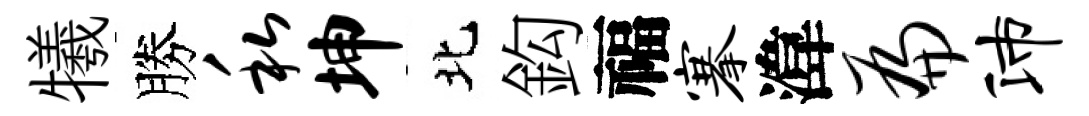
犧勝私坤北鈎福搴湋扁沛